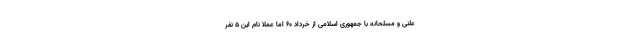
علنی و مسلحانه با جمهوری اسلامی از خرداد 60 اما عملا نام این 5 نفر